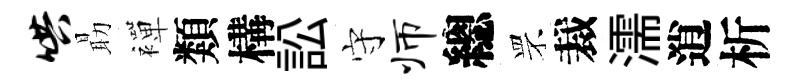
哄朂襌類構訟守师總罘裁濡逍析